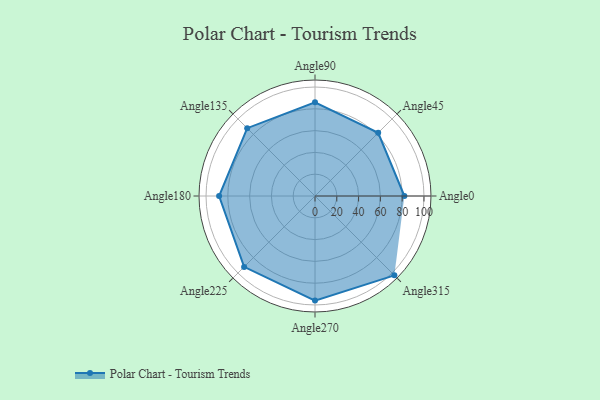
{"axis": {"x": "Angle", "y": "Radius"}, "legend": [""], "data": [{"x": "Angle0", "y": 82.0, "type": ""}, {"x": "Angle45", "y": 82.0, "type": ""}, {"x": "Angle90", "y": 86.0, "type": ""}, {"x": "Angle135", "y": 88.0, "type": ""}, {"x": "Angle180", "y": 88.0, "type": ""}, {"x": "Angle225", "y": 92.0, "type": ""}, {"x": "Angle270", "y": 96.0, "type": ""}, {"x": "Angle315", "y": 103.0, "type": ""}]}